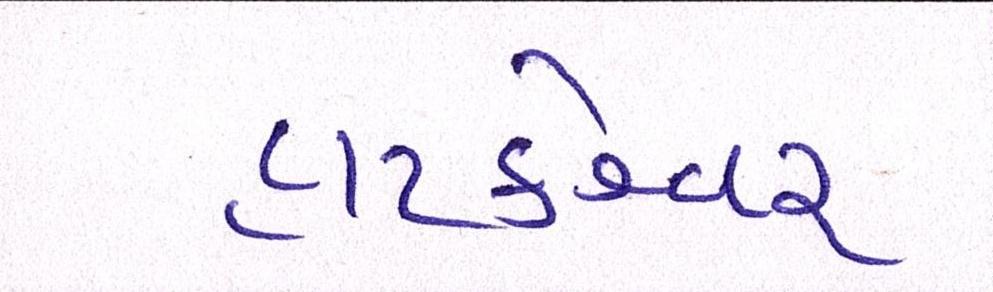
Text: હાટકેશ્વર